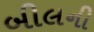
બીલની